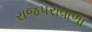
રાજપરાવાળા